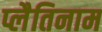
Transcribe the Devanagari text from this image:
प्लैतिनाम